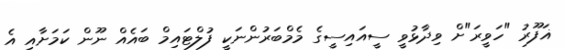
ޣަފޫރު "ހަވީރަ"ށް ވިދާޅުވީ ސީއައިސީގެ މެމްބަރުންނަކީ ފުލްޓައިމް ބައެއް ނޫން ކަމަށާއި އެ